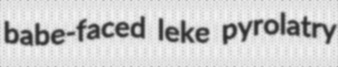
babe-faced leke pyrolatry